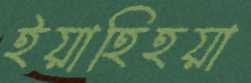
ইয়াহিহয়া